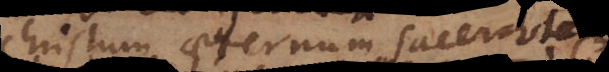
Christum aeternum sacerdotem